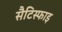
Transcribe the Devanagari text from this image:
सैटिस्फाइ